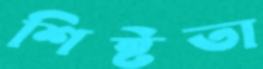
শিষ্টতা